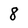
Character: 8